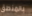
بالمنطق